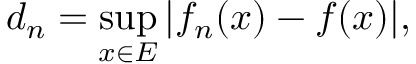
d _ { n } = \operatorname* { s u p } _ { x \in E } | f _ { n } ( x ) - f ( x ) | ,